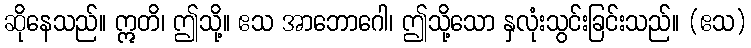
ဆိုနေသည်။ ဣတိ၊ ဤသို့။ ဧသ အာဘောဂေါ၊ ဤသို့သော နှလုံးသွင်းခြင်းသည်။ (ဧသ)